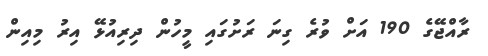
ރާއްޖޭގެ 190 އަށް ވުރެ ގިނަ ރަށުގައި މީހުން ދިރިއުޅޭ އިރު މިއިން